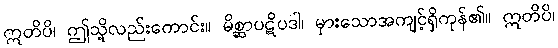
ဣတိပိ၊ ဤသို့လည်းကောင်း။ မိစ္ဆာပဋိပဒါ၊ မှားသောအကျင့်ရှိကုန်၏။ ဣတိပိ၊